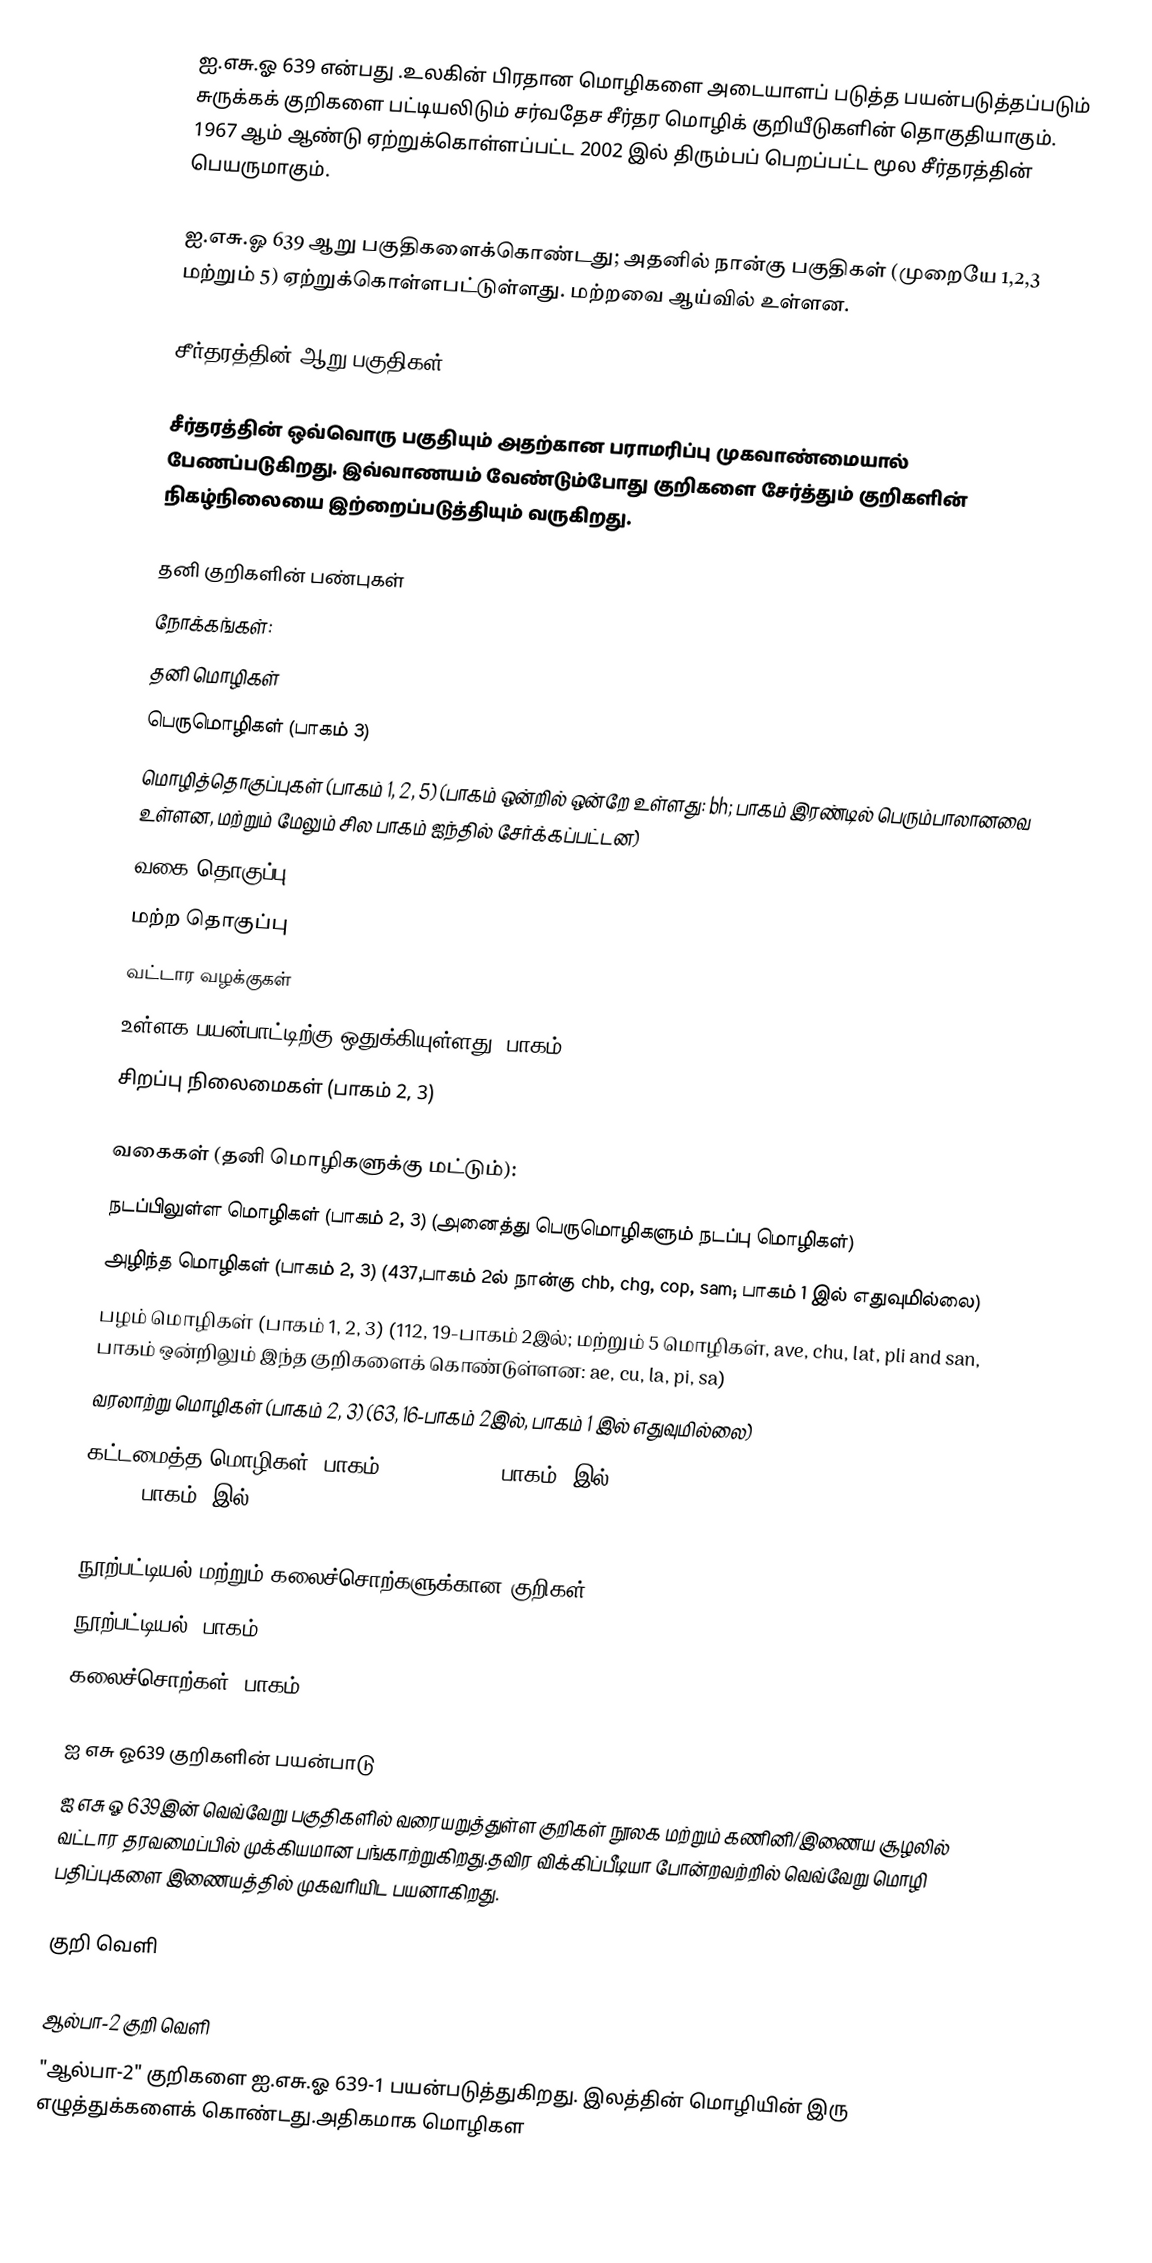
ஐ.எசு.ஓ 639 என்பது .உலகின் பிரதான மொழிகளை அடையாளப் படுத்த பயன்படுத்தப்படும் சுருக்கக் குறிகளை பட்டியலிடும் சர்வதேச சீர்தர மொழிக் குறியீடுகளின் தொகுதியாகும். 1967 ஆம் ஆண்டு ஏற்றுக்கொள்ளப்பட்ட 2002 இல் திரும்பப் பெறப்பட்ட மூல சீர்தரத்தின் பெயருமாகும்.

ஐ.எசு.ஓ 639 ஆறு பகுதிகளைக்கொண்டது; அதனில் நான்கு பகுதிகள் (முறையே 1,2,3 மற்றும் 5) ஏற்றுக்கொள்ளபட்டுள்ளது. மற்றவை ஆய்வில் உள்ளன.

சீர்தரத்தின் ஆறு பகுதிகள்

சீர்தரத்தின் ஒவ்வொரு பகுதியும் அதற்கான பராமரிப்பு முகவாண்மையால் பேணப்படுகிறது. இவ்வாணயம் வேண்டும்போது குறிகளை சேர்த்தும் குறிகளின் நிகழ்நிலையை இற்றைப்படுத்தியும் வருகிறது.

தனி குறிகளின் பண்புகள்
நோக்கங்கள்:
 தனி மொழிகள்
 பெருமொழிகள் (பாகம் 3)
 மொழித்தொகுப்புகள் (பாகம் 1, 2, 5) (பாகம் ஒன்றில் ஒன்றே உள்ளது: bh; பாகம் இரண்டில் பெரும்பாலானவை உள்ளன, மற்றும் மேலும் சில பாகம் ஐந்தில் சேர்க்கப்பட்டன)
 வகை தொகுப்பு
 மற்ற தொகுப்பு
 வட்டார வழக்குகள்
 உள்ளக பயன்பாட்டிற்கு ஒதுக்கியுள்ளது (பாகம் 2, 3)
 சிறப்பு நிலைமைகள் (பாகம் 2, 3)

வகைகள் (தனி மொழிகளுக்கு மட்டும்):
 நடப்பிலுள்ள மொழிகள் (பாகம் 2, 3) (அனைத்து பெருமொழிகளும் நடப்பு மொழிகள்)
 அழிந்த மொழிகள் (பாகம் 2, 3) (437,பாகம் 2ல் நான்கு chb, chg, cop, sam; பாகம் 1 இல் எதுவுமில்லை)
 பழம் மொழிகள் (பாகம் 1, 2, 3) (112, 19-பாகம் 2இல்; மற்றும் 5 மொழிகள், ave, chu, lat, pli and san, பாகம் ஒன்றிலும் இந்த குறிகளைக் கொண்டுள்ளன: ae, cu, la, pi, sa)
 வரலாற்று மொழிகள் (பாகம் 2, 3) (63, 16-பாகம் 2இல், பாகம் 1 இல் எதுவுமில்லை)
 கட்டமைத்த மொழிகள் (பாகம் 2, 3) (19, 9 -பாகம் 2இல்: epo, ina, ile, ido, vol, afh, jbo, tlh, zbl; 5-பாகம் 1இல்: eo, ia, ie, io, vo)

நூற்பட்டியல் மற்றும் கலைச்சொற்களுக்கான குறிகள்
 நூற்பட்டியல் (பாகம் 2)
 கலைச்சொற்கள் (பாகம் 2)

ஐ எசு ஓ639 குறிகளின் பயன்பாடு
ஐ எசு ஓ 639இன் வெவ்வேறு பகுதிகளில் வரையறுத்துள்ள குறிகள் நூலக மற்றும் கணினி/இணைய சூழலில் வட்டார தரவமைப்பில் முக்கியமான பங்காற்றுகிறது.தவிர விக்கிப்பீடியா போன்றவற்றில் வெவ்வேறு மொழி பதிப்புகளை இணையத்தில் முகவரியிட பயனாகிறது.

குறி வெளி

ஆல்பா-2 குறி வெளி
"ஆல்பா-2" குறிகளை  ஐ.எசு.ஓ 639-1  பயன்படுத்துகிறது. இலத்தின் மொழியின் இரு எழுத்துக்களைக் கொண்டது.அதிகமாக  மொழிகள